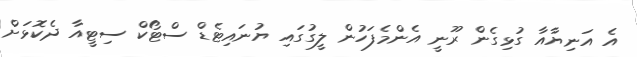
އެ އަނިޔާއާ ގުޅިގެން ރޫނީ އެންމެފަހުން ލީގުގައި ޔުނައިޓެޑް ސްޓޯކް ސިޓީއާ ދެކޮޅަށް